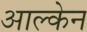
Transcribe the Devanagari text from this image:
आल्केन